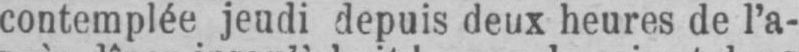
contemplée jeudi depuis deux heures de l’a-